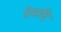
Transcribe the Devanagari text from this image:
प्रेमादि